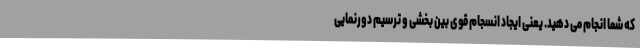
که شما انجام می دهید. یعنی ایجاد انسجام قوی بین بخشی و ترسیم دورنمایی